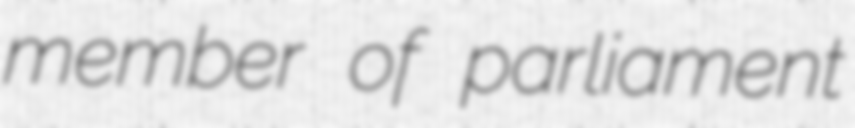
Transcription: member of parliament